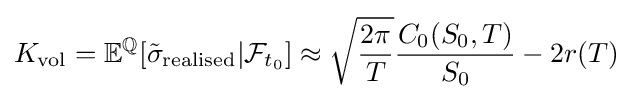
K_{\text{vol}}=\mathbb {E} ^{\mathbb {Q} }[{\tilde {\sigma }}_{\text{realised}}|{\mathcal {F}}_{t_{0}}]\approx {\sqrt {\frac {2\pi }{T}}}{\frac {C_{0}(S_{0},T)}{S_{0}}}-2r(T)